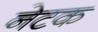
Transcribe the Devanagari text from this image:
नेटक